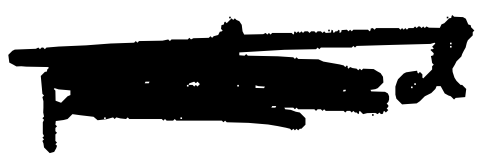
Text: produced
Cross-out: scratch
Writing tool: digital_black